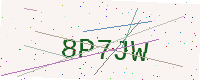
Text: 8P7JW